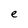
Character: e